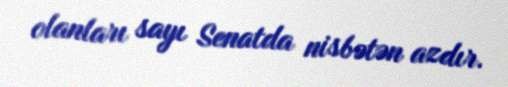
olanları sayı Senatda nisbətən azdır.